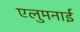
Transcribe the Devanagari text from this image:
एलुमनाई